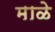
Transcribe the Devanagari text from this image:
माळे